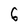
Character: 6